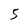
Character: 5